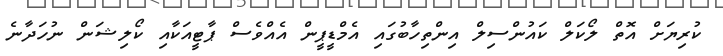
ކުރިޔަށް އޮތް ލޯކަލް ކައުންސިލް އިންތިހާބުގައި އެމްޑީޕީން އެއްވެސް ޕާޓީއަކާއި ކޯލިޝަން ނުހަދާނެ